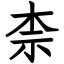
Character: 柰